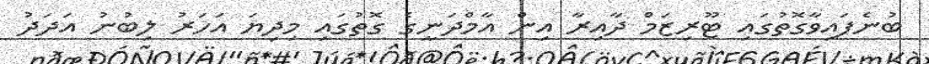
ބުނެފައިވާގޮތުގައި ޓޫރިޒަމް ދާއިރާ އިން އާމްދަނީގެ ގޮތުގައި މިދިޔަ އަހަރު ލިބުނު އަދަދު